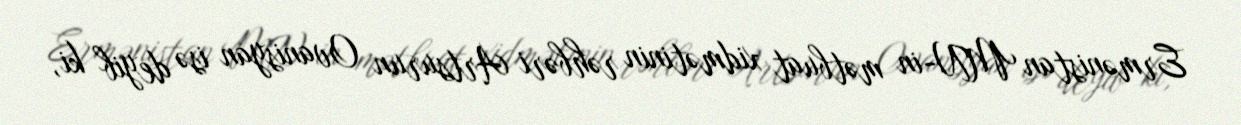
Ermənistan MN-in mətbuat xidmətinin rəhbəri Artsurun Ovanisyan isə deyib ki,